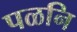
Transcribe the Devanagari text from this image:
पळनि